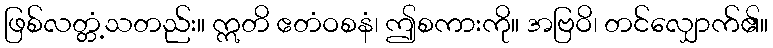
ဖြစ်လတ္တံ့သတည်း။ ဣတိ ဧတံဝစနံ၊ ဤစကားကို။ အဗြဝိ၊ တင်လျှောက်၏။